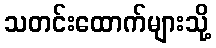
သတင်းထောက်များသို့